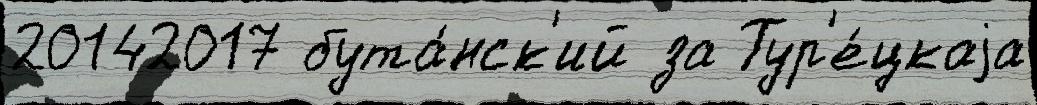
20142017 бута́нск'ий за Тур'е́цкаjа